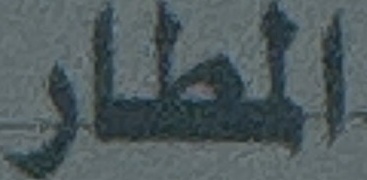
المطار